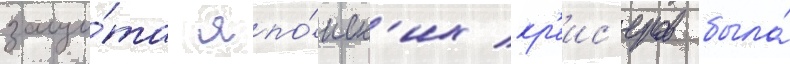
защи́та япо́нск'их кр'еис'еров была́